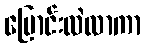
ပြောင်းလဲလာကာ